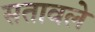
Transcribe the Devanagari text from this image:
सतावले